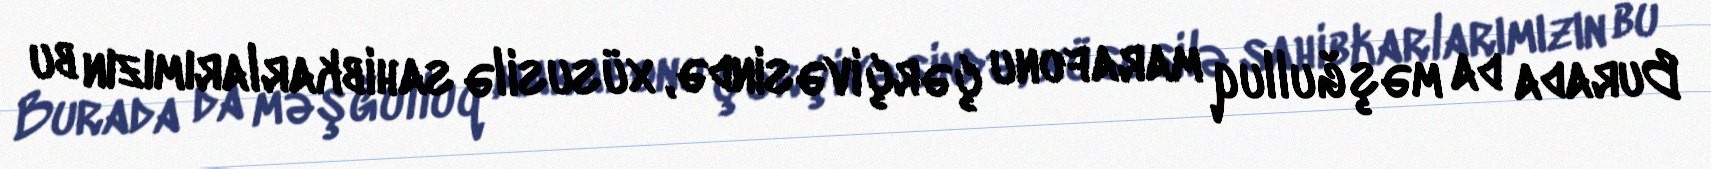
Burada da məşğulluq marafonu çərçivəsində, xüsusilə sahibkarlarımızın bu